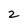
Character: 2